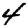
Digit: 4